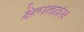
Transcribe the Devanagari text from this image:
हेल्पलाइंस